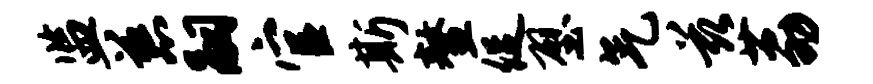
监慈嗣官斯鳌促壁气兹荔